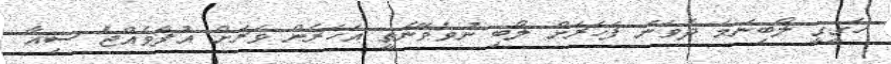
ހަގީގީ ލޯބިނަމަ ދެވަނަ ފަހަރަށް ލޯބި ނުވެވޭނެތީ އަހަރެން ވަރަށް އުފާވެއްޖެ ސިއާ